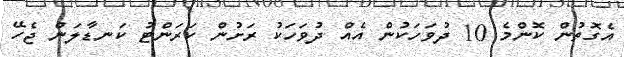
އެގޮތުން ކޮންމެ 10 ދުވަހަކުން އެއް ދުވަހަކު ރަށުން ކަރަންޓު ކަނޑާލަން ޖެހޭ